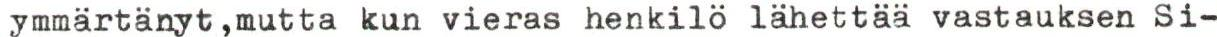
ymmärtänyt,mutta kun vieras henkilö lähettää vastauksen Si-